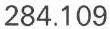
284.109